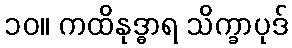
၁၀။ ကထိနုဒ္ဓာရ သိက္ခာပုဒ်